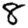
Digit: 8